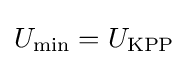
U_{\text{min}}=U_{\text{KPP}}